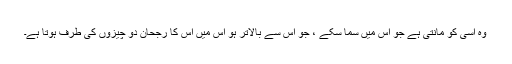
وہ اسی کو مانتی ہے جو اس میں سما سکے ، جو اس سے بالاتر ہو اس میں اس کا رجحان دو چیزوں کی طرف ہوتا ہے۔